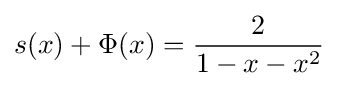
s(x)+\Phi (x)={\frac {2}{1-x-x^{2}}}